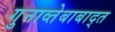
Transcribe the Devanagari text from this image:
गुनाव्तेबाबाद्त